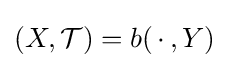
\left(X,{\mathcal {T}}\right)=b(\,\cdot \,,Y)